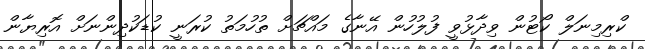
ކްރިމިނަލް ކޯޓުން ވިދާޅުވީ ފުލުހުން އޭނާގެ މައްޗަށް ތުހުމަތު ކުރަނީ ކުޑަކުދިންނަށް އޮރިޔާން